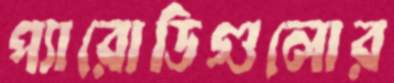
প্যারোডিগুলোর